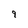
Character: 9